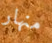
منهار